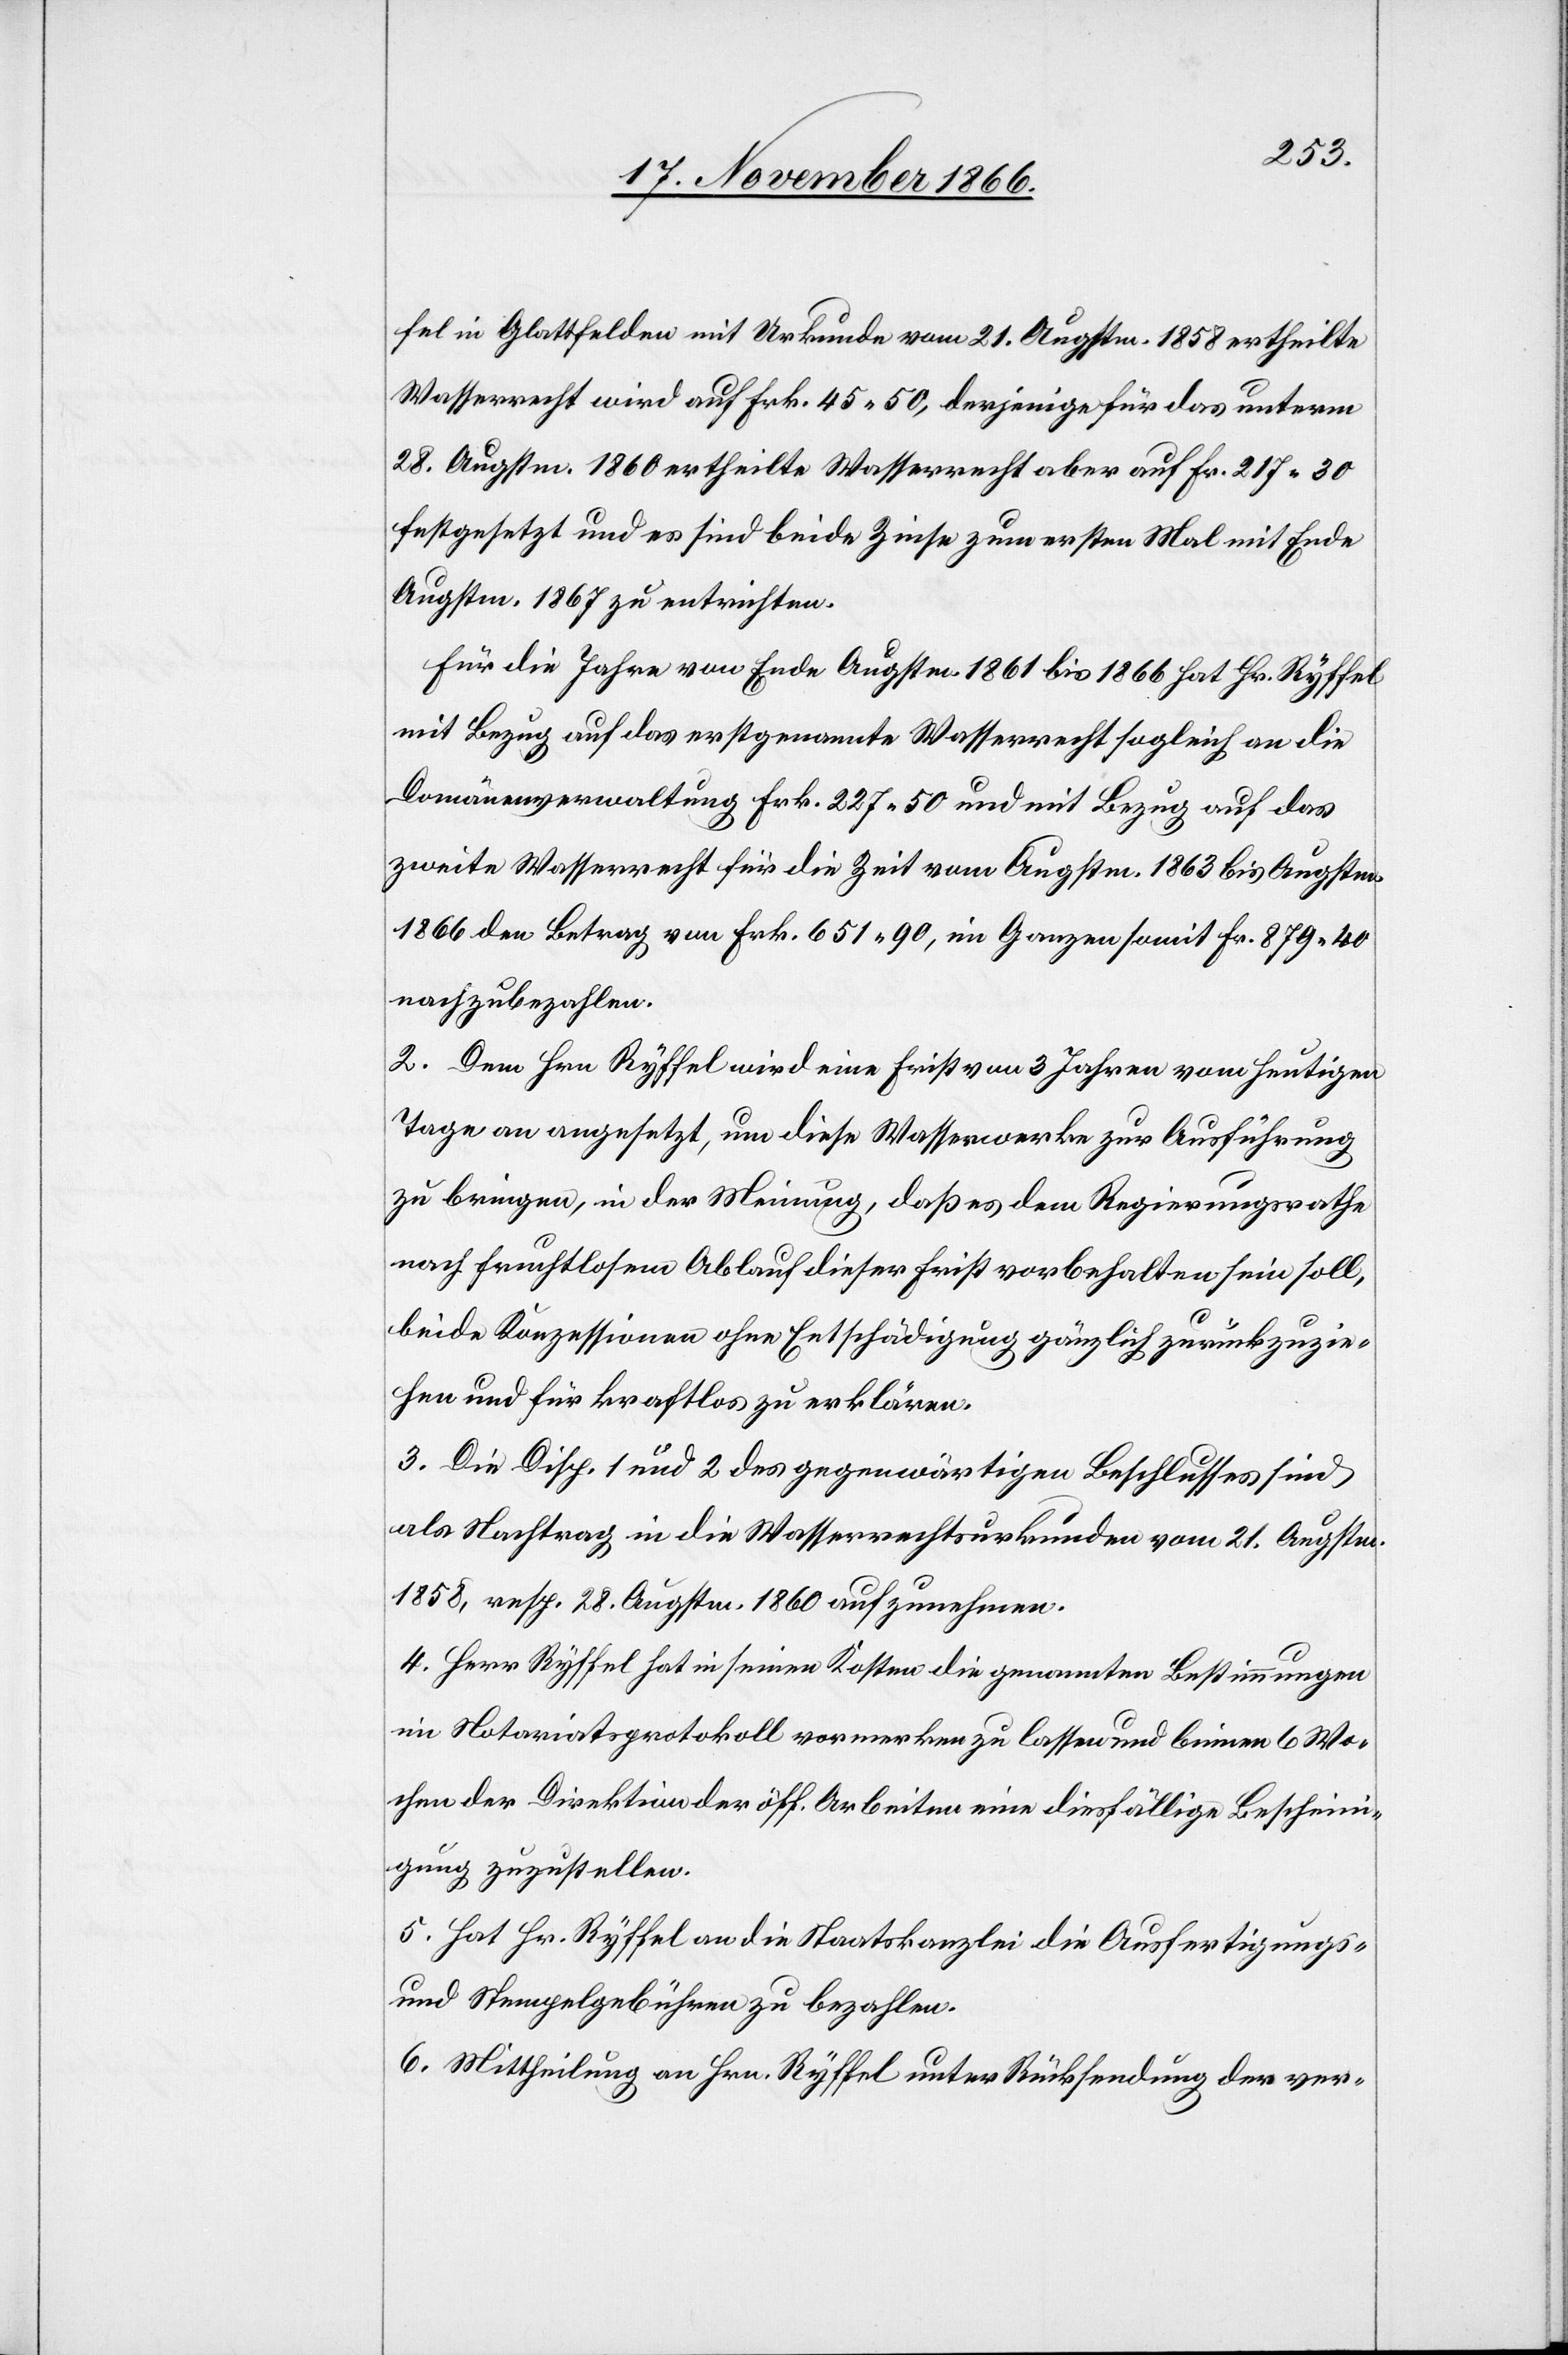
fel in Glattfelden mit Urkunde vom 21. Augstm. 1858 ertheilte
Wasserrecht wird auf Frk. 45.50, derjenige für das unterm
28. Augstm. 1860 ertheilte Wasserrecht aber auf Fr. 217.30
festgesetzt und es sind beide Zinse zum ersten Mal mit Ende
Augstm. 1867 zu entrichten.
Für die Jahre von Ende Augstm. 1861 bis 1866 hat Hr. Ryffel
mit Bezug auf das erstgenannte Wasserrecht sogleich an die
Domänenverwaltung Frk. 227.50 und mit Bezug auf das
zweite Wasserrecht für die Zeit vom Augstm. 1863 bis Augstm.
1866 den Betrag von Frk. 651.90, im Ganzen somit Fr. 879.40
nachzubezahlen.
2. Dem Hrn. Ryffel wird eine Frist von 3 Jahren vom heutigen
Tage an angesetzt, um diese Wasserwerke zur Ausführung
zu bringen, in der Meinung, daß es dem Regierungsrathe
nach fruchtlosem Ablauf dieser Frist vorbehalten sein soll,
beide Konzessionen ohne Entschädigung gänzlich zurückzuzie¬
hen und für kraftlos zu erklären.
3. Die Disp. 1 und 2 des gegenwärtigen Beschlusses sind
als Nachtrag in die Wasserrechtsurkunden vom 21. Augstm.
1858, resp. 28. Augstm. 1860 aufzunehmen.
4. Herr Ryffel hat in seinen Kosten die genannten Bestimmungen
im Notariatsprotokoll vormerken zu lassen und binnen 6 Wo¬
chen der Direktion der öff. Arbeiten eine diesfällige Bescheini¬
gung zuzustellen.
5. Hat Hr. Ryffel an die Staatskanzlei die Ausfertigungs-
und Stempelgebühren zu bezahlen.
6. Mittheilung an Hrn. Ryffel unter Rücksendung der ver-